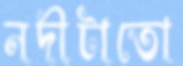
নদীটাতো